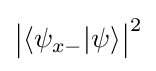
{\big |}\langle \psi _{x-}|\psi \rangle {\big |}^{2}